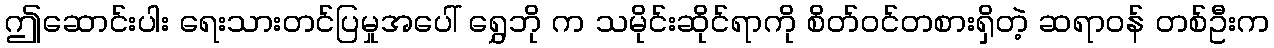
ဤဆောင်းပါး ရေးသားတင်ပြမှုအပေါ် ရွှေဘို က သမိုင်းဆိုင်ရာကို စိတ်ဝင်တစားရှိတဲ့ ဆရာဝန် တစ်ဦးက